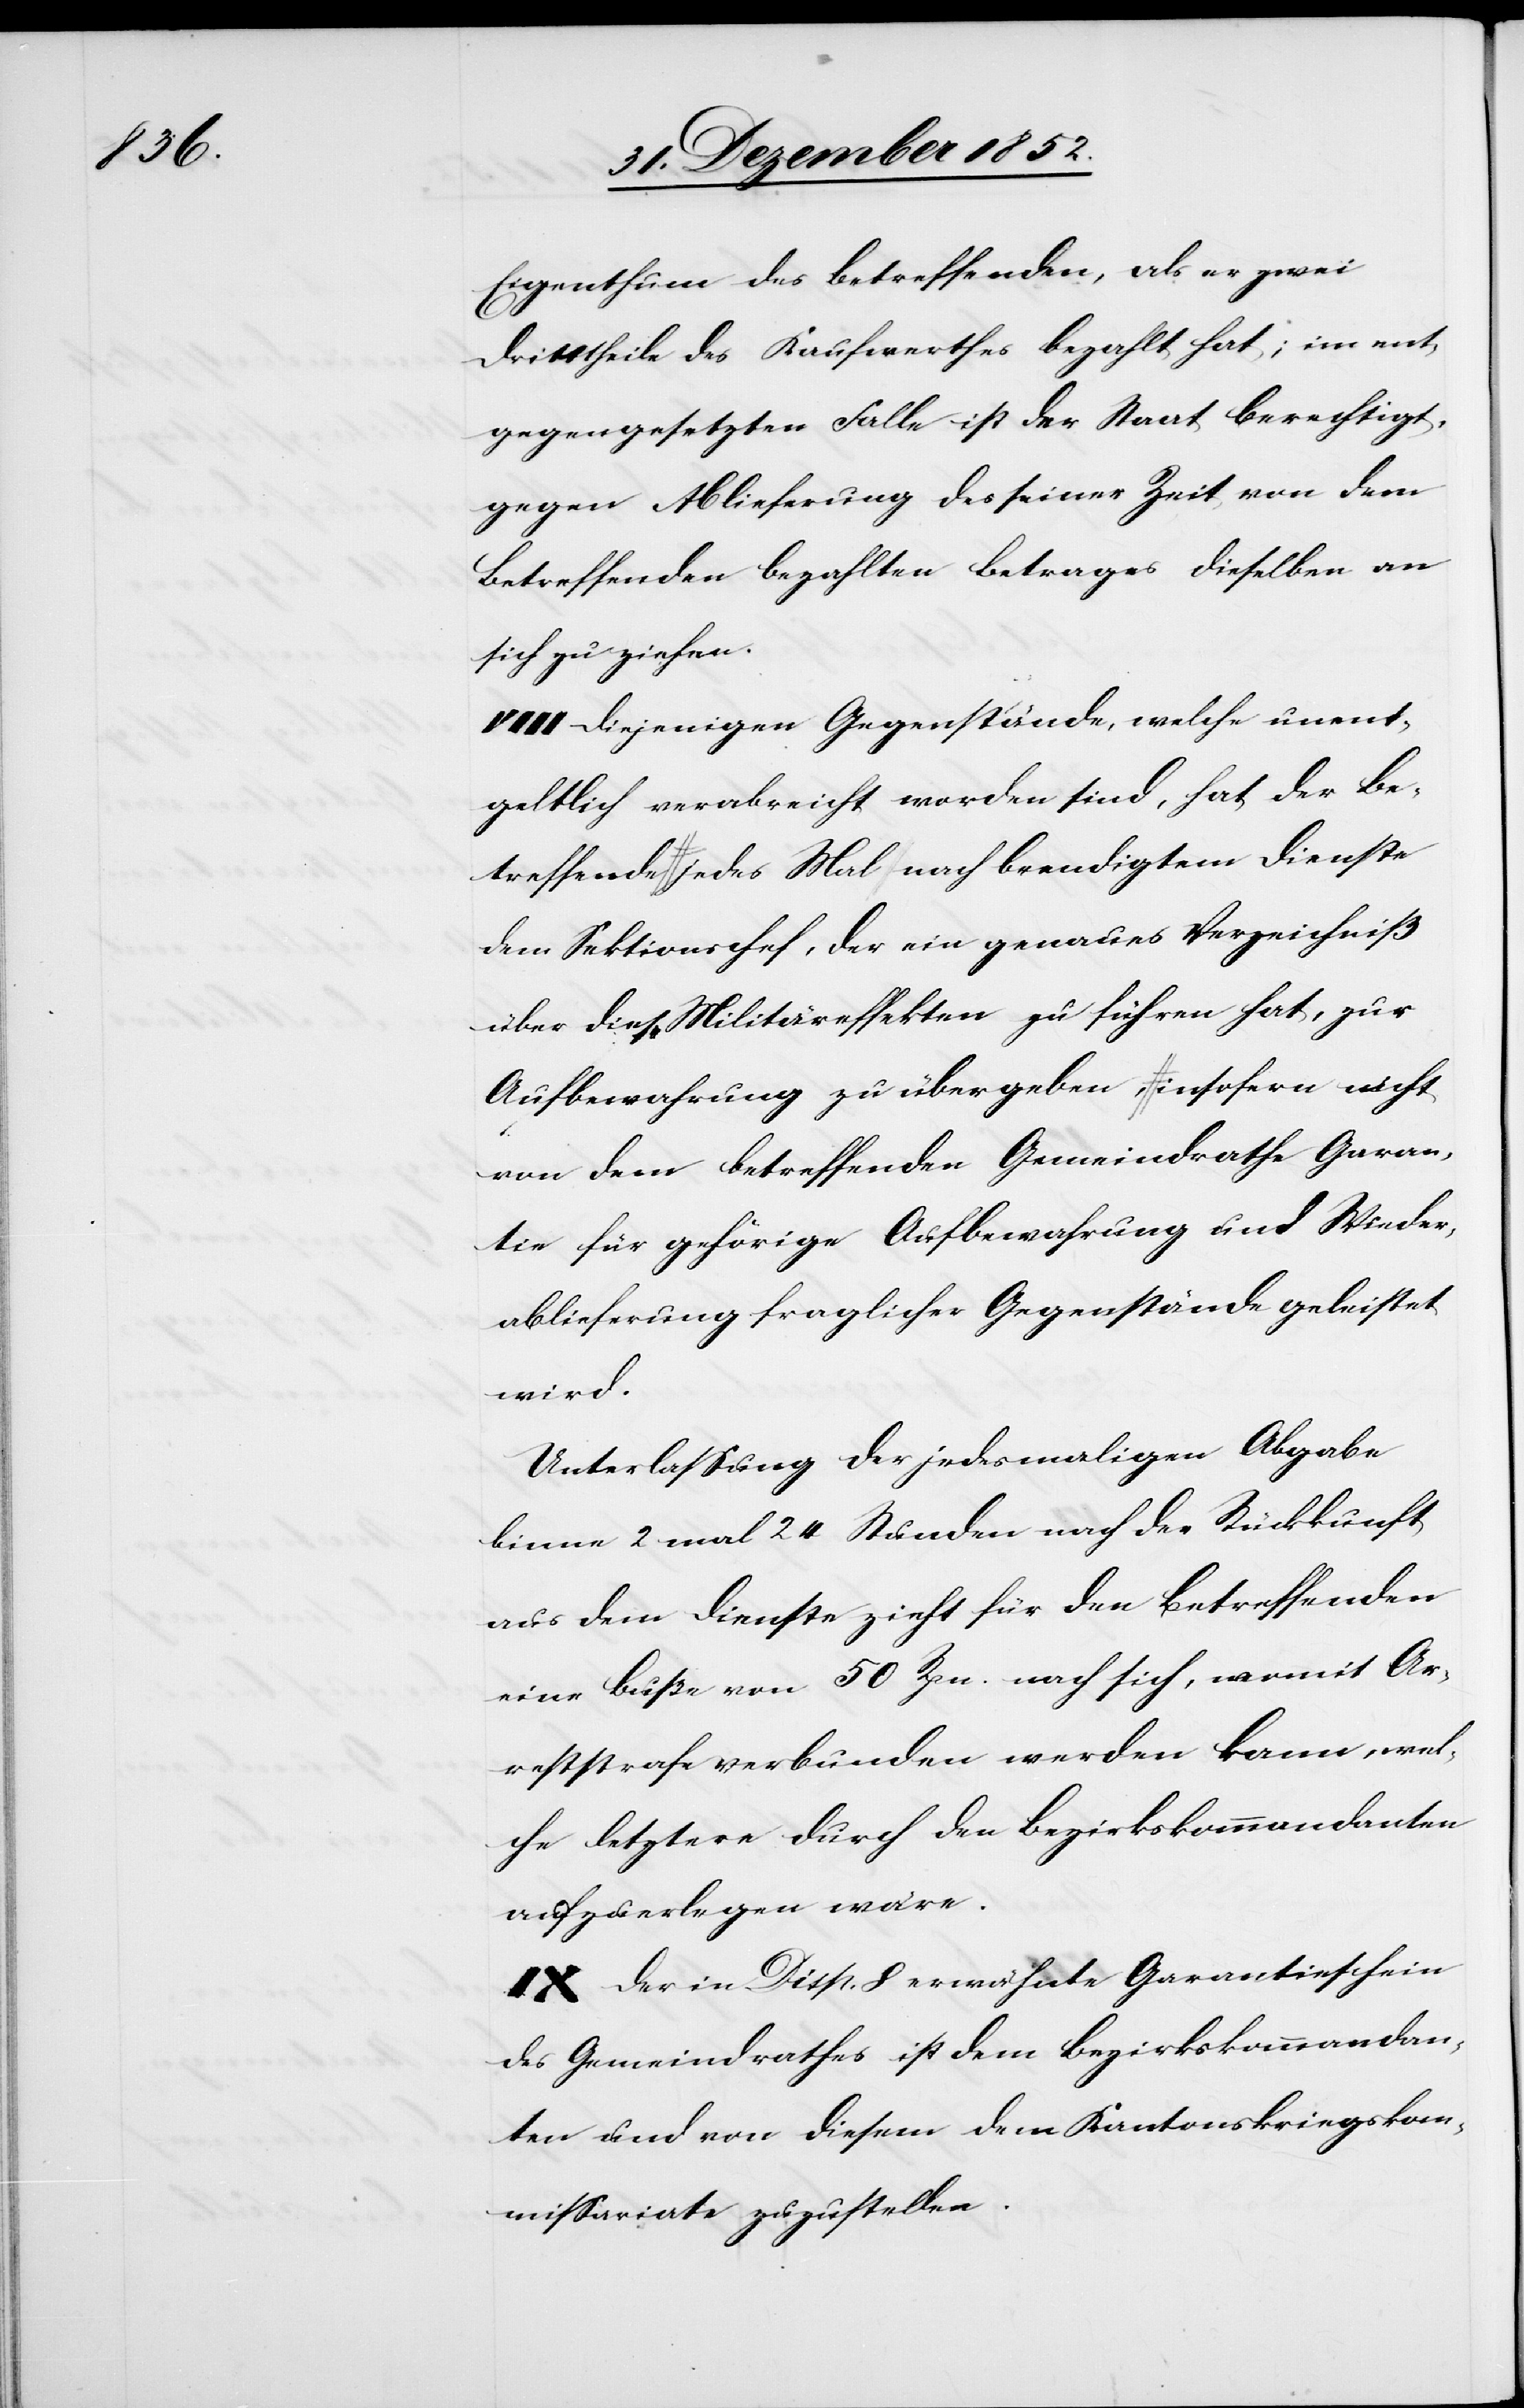
Eigenthum des Betreffenden, als er zwei
Dritttheile des Kaufwerthes bezahlt hat; im ent¬
gegengesetzten Falle ist der Staat berechtigt,
gegen Ablieferung des seiner Zeit von dem
Betreffenden bezahlten Betrages dieselben an
sich zu ziehen.
VIII Diejenigen Gegenstände, welche unent¬
geltlich verabreicht worden sind, hat der Be¬
treffende jedes Mal nach beendigtem Dienste
dem Sektionschef, der ein genaues Verzeichniß
über diese Militäreffekten zu führen hat, zur
Aufbewahrung zu übergeben, insofern nicht
von dem betreffenden Gemeindrathe Garan¬
tie für gehörige Aufbewahrung und Wieder¬
ablieferung fraglicher Gegenstände geleistet
wird.
Unterlassung der jedesmaligen Abgabe
binne[n] 2 mal 24 Stunden nach der Rückkunft
aus dem Dienste zieht für den Betreffenden
eine Buße von 50 Rpn. nach sich, womit Ar¬
reststrafe verbunden werden kann, wel¬
che letztere durch den Bezirkskommandanten
aufzuerlegen wäre.
IX Der in Disp. 8 erwähnte Garantieschein
des Gemeindrathes ist dem Bezirkskommandan¬
ten und von diesem dem Kantonskriegskom¬
missariate zuzustellen.